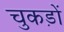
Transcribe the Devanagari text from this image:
चुकड़ों